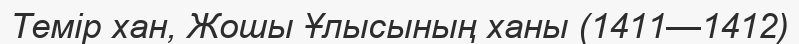
Темір хан, Жошы Ұлысының ханы (1411—1412)